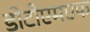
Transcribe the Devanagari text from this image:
डीटीएमएफ